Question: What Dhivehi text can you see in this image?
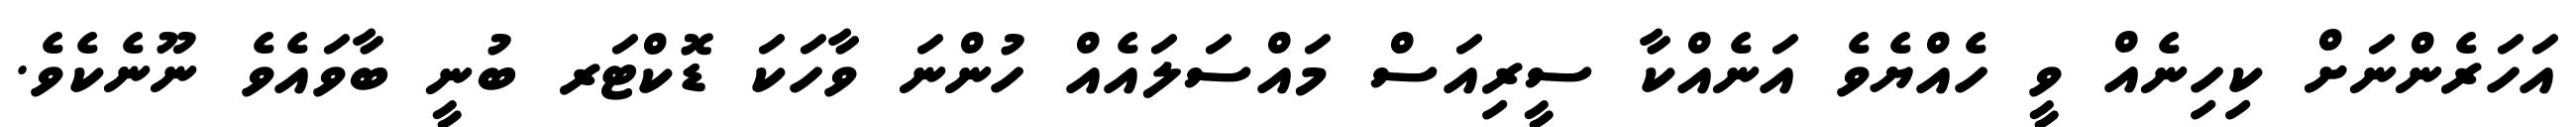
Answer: އަހަރެންނަށް ކިހިނެއް ވީ ހެއްޔެވެ އަނެއްކާ ސީރިއަސް މައްސަލައެއް ހުންނަ ވާހަކަ ޑޮކްޓަރ ބުނީ ބާވައެވެ ނޫނެކެވެ.